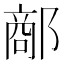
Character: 𨝗